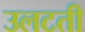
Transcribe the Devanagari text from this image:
उलटती